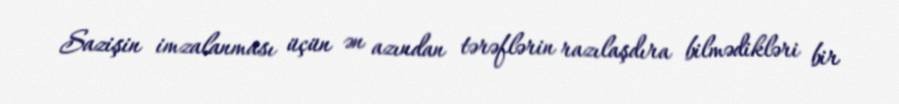
Sazişin imzalanması üçün ən azından tərəflərin razılaşdıra bilmədikləri bir